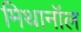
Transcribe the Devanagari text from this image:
मिथानॉल